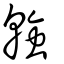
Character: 螒